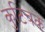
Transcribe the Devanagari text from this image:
कुटिचक